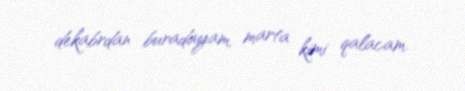
dekabrdan buradayam, marta kimi qalacam.